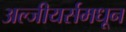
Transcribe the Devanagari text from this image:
अल्जीयर्समधून